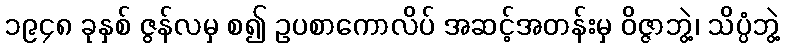
၁၉၄၈ ခုနှစ် ဇွန်လမှ စ၍ ဥပစာကောလိပ် အဆင့်အတန်းမှ ဝိဇ္ဇာဘွဲ့၊ သိပ္ပံဘွဲ့